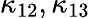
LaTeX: \kappa_{12},\kappa_{13}